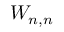
W _ { n , n }